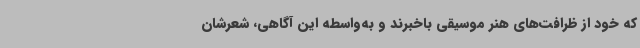
که خود از ظرافت‌های هنر موسیقی باخبرند و به‌واسطه این آگاهی، شعرشان